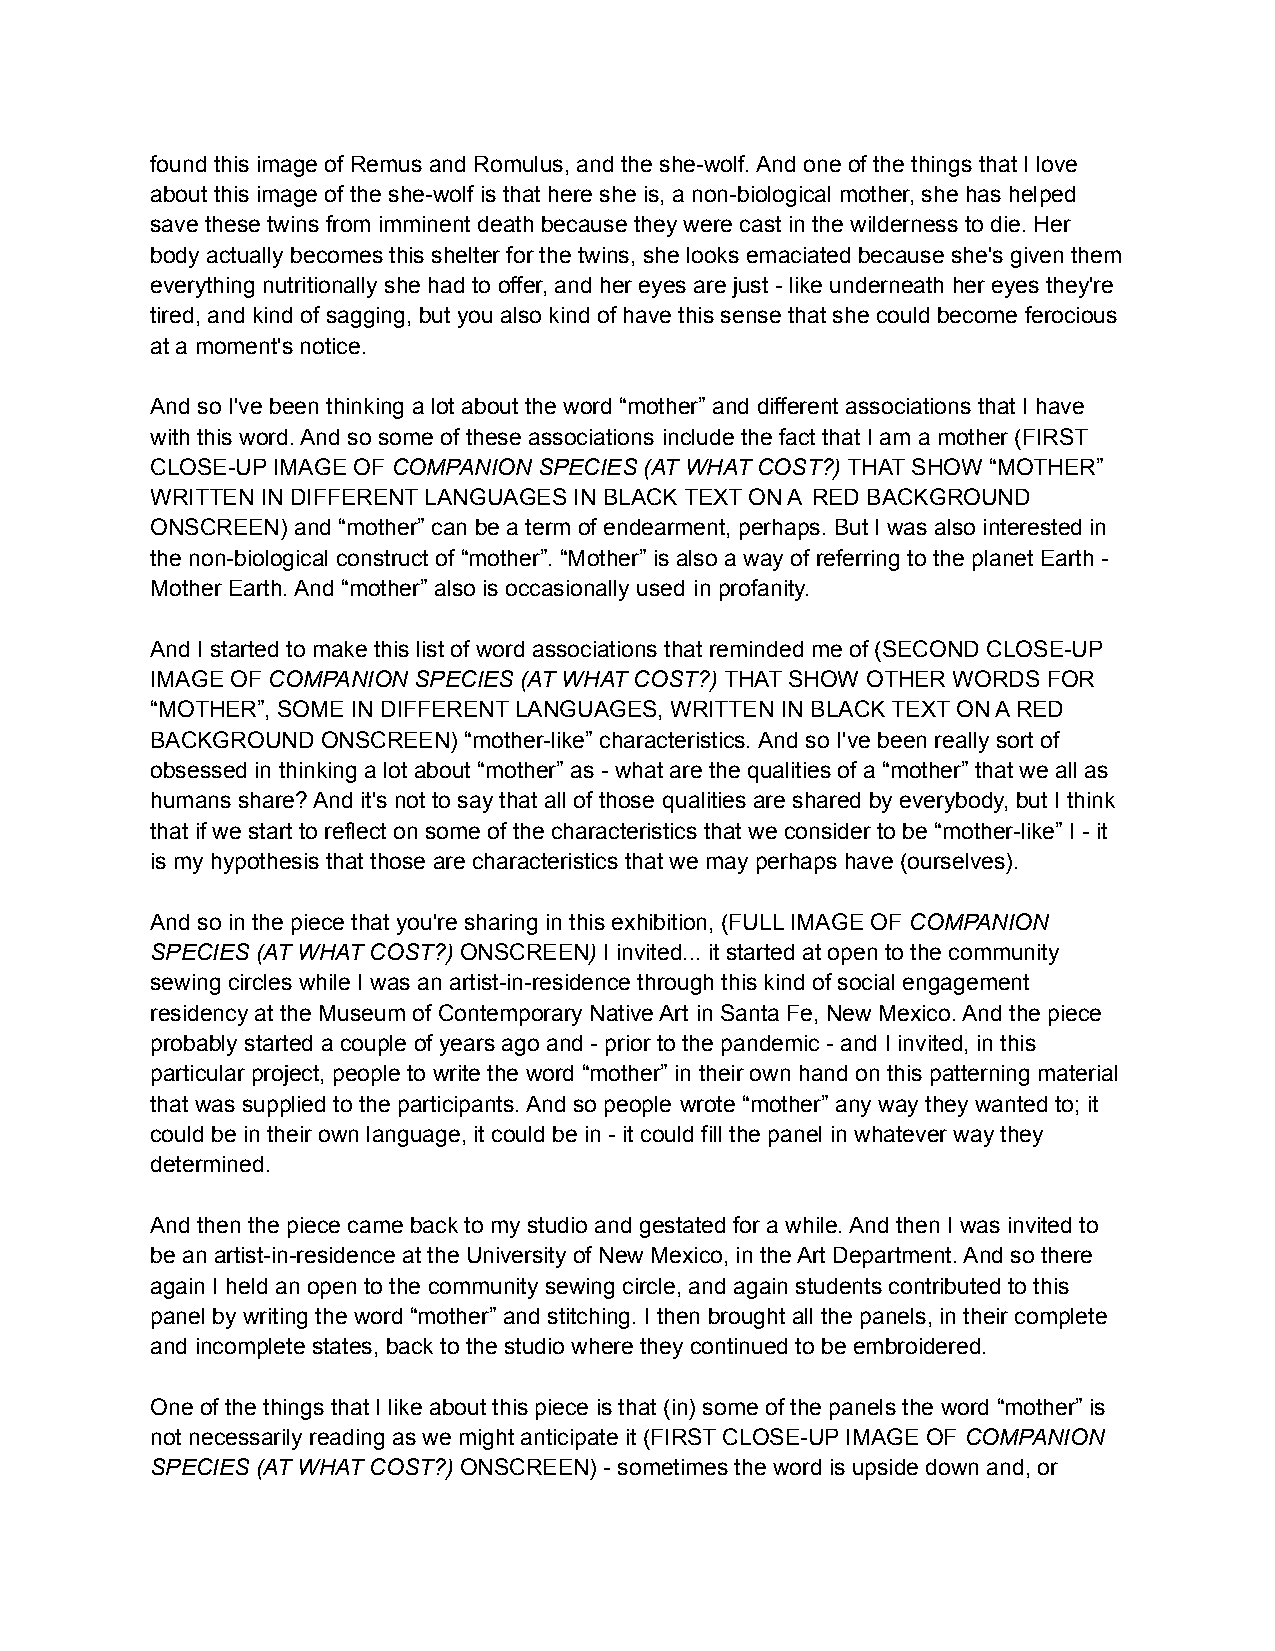
found this image of Remus and Romulus, and the she-wolf. And one of the things that I love
 about this image of the she-wolf is that here she is, a non-biological mother, she has helped
 save these twins from imminent death because they were cast in the wilderness to die. Her
 body actually becomes this shelter for the twins, she looks emaciated because she's given them
 everything nutritionally she had to offer, and her eyes are just - like underneath her eyes they're
 tired, and kind of sagging, but you also kind of have this sense that she could become ferocious
 at a moment's notice.
 And so I've been thinking a lot about the word “mother” and different associations that I have
 with this word. And so some of these associations include the fact that I am a mother (FIRST
 CLOSE-UP IMAGE OF COMPANION SPECIES (AT WHAT COST?) THAT SHOW “MOTHER”
 WRITTEN IN DIFFERENT LANGUAGES IN BLACK TEXT ON A RED BACKGROUND
 ONSCREEN) and “mother” can be a term of endearment, perhaps. But I was also interested in
 the non-biological construct of “mother”. “Mother” is also a way of referring to the planet Earth -
 Mother Earth. And “mother” also is occasionally used in profanity.
 And I started to make this list of word associations that reminded me of (SECOND CLOSE-UP
 IMAGE OF COMPANION SPECIES (AT WHAT COST?) THAT SHOW OTHER WORDS FOR
 “MOTHER”, SOME IN DIFFERENT LANGUAGES, WRITTEN IN BLACK TEXT ON A RED
 BACKGROUND ONSCREEN) “mother-like” characteristics. And so I've been really sort of
 obsessed in thinking a lot about “mother” as - what are the qualities of a “mother” that we all as
 humans share? And it's not to say that all of those qualities are shared by everybody, but I think
 that if we start to reflect on some of the characteristics that we consider to be “mother-like” I - it
 is my hypothesis that those are characteristics that we may perhaps have (ourselves).
 And so in the piece that you're sharing in this exhibition, (FULL IMAGE OF COMPANION
 SPECIES (AT WHAT COST?) ONSCREEN) I invited... it started at open to the community
 sewing circles while I was an artist-in-residence through this kind of social engagement
 residency at the Museum of Contemporary Native Art in Santa Fe, New Mexico. And the piece
 probably started a couple of years ago and - prior to the pandemic - and I invited, in this
 particular project, people to write the word “mother” in their own hand on this patterning material
 that was supplied to the participants. And so people wrote “mother” any way they wanted to; it
 could be in their own language, it could be in - it could fill the panel in whatever way they
 determined.
 And then the piece came back to my studio and gestated for a while. And then I was invited to
 be an artist-in-residence at the University of New Mexico, in the Art Department. And so there
 again I held an open to the community sewing circle, and again students contributed to this
 panel by writing the word “mother” and stitching. I then brought all the panels, in their complete
 and incomplete states, back to the studio where they continued to be embroidered.
 One of the things that I like about this piece is that (in) some of the panels the word “mother” is
 not necessarily reading as we might anticipate it (FIRST CLOSE-UP IMAGE OF COMPANION
 SPECIES (AT WHAT COST?) ONSCREEN) - sometimes the word is upside down and, or